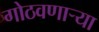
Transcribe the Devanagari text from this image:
गोठवणार्‍या